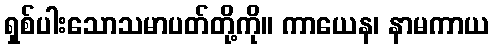
ရှစ်ပါးသောသမာပတ်တို့ကို။ ကာယေန၊ နာမကာယ